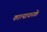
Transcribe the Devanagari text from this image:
कात्यायनके